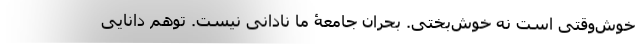
خوش‌وقتی است نه خوش‌بختی. بحران جامعۀ ما نادانی نیست. توهّم دانایی